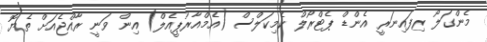
މެންގަލޯ ރިފައިނަރީ އެންޑް ޕެޓްރޯލް ކެމިކަލްސް (އެމްއާރުޕީއެލް) އިން ވަނީ ރާއްޖެއަށް ތެޔޮ